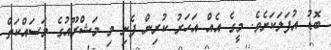
ބޮޑު އުފަލަކަށެވެ. މީގެ އެއް އަހަރު ކުރިން ފެށި މި މަޝްރޫއުގެ މަސައްކަތް